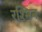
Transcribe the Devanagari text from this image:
रश्मिन